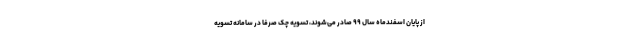
از پایان اسفندماه سال ۹۹ صادر می‌شوند، تسویه چک صرفا در سامانه تسویه